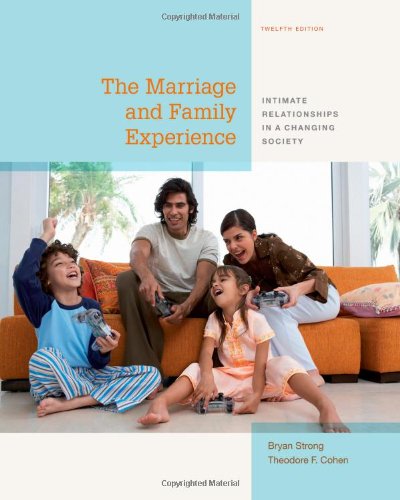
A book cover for The Marriage and Family Experience: Intimate Relationships in a Changing Society; Bryan Strong; Politics & Social Sciences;